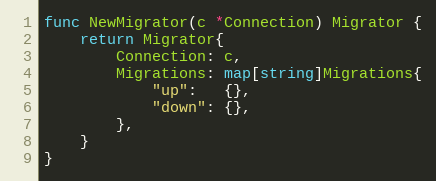
Language: Go
func NewMigrator(c *Connection) Migrator {
	return Migrator{
		Connection: c,
		Migrations: map[string]Migrations{
			"up":   {},
			"down": {},
		},
	}
}